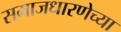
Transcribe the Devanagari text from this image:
समाजधारणेच्या